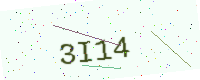
Text: 3I14